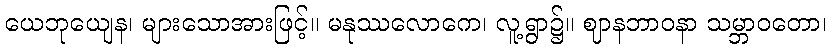
ယေဘုယျေန၊ များသောအားဖြင့်။ မနုဿလောကေ၊ လူ့ရွာ၌။ ဈာနဘာဝနာ သမ္ဘာဝတော၊